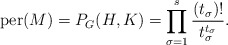
\begin{align*}\mathrm{per}(M) = P_G(H, K) = \prod_{\sigma = 1}^s\frac{(t_\sigma)!}{t_\sigma^{t_\sigma}}.\end{align*}